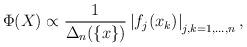
LaTeX: \begin{align*}\Phi(X)\propto\frac{1}{\Delta_n(\{x\})} \left|f_j(x_k)\right|_{j,k=1,...,n} ,\end{align*}